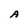
Character: A